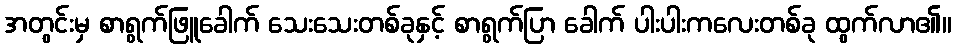
အတွင်းမှ စာရွက်ဖြူခေါက် သေးသေးတစ်ခုနှင့် စာရွက်ပြာ ခေါက် ပါးပါးကလေးတစ်ခု ထွက်လာ၏။